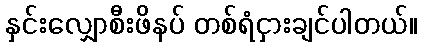
နှင်းလျှောစီးဖိနပ် တစ်ရံငှားချင်ပါတယ်။